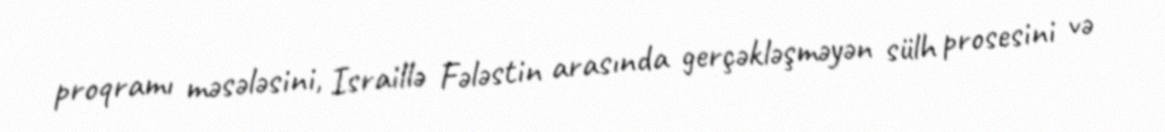
proqramı məsələsini, Israillə Fələstin arasında gerçəkləşməyən sülh prosesini və